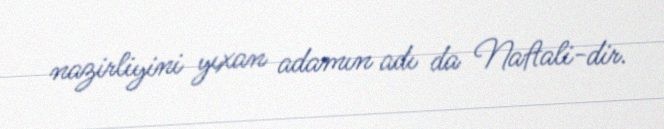
nazirliyini yıxan adamın adı da Naftali-dir.